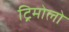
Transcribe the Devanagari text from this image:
ट्रिमोलो